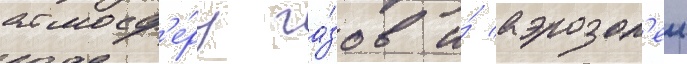
атмосф'е́ру га́зов и́ аэрозол'еи